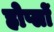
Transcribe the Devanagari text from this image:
होप्लों